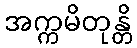
အက္ကမိတုန္တိ